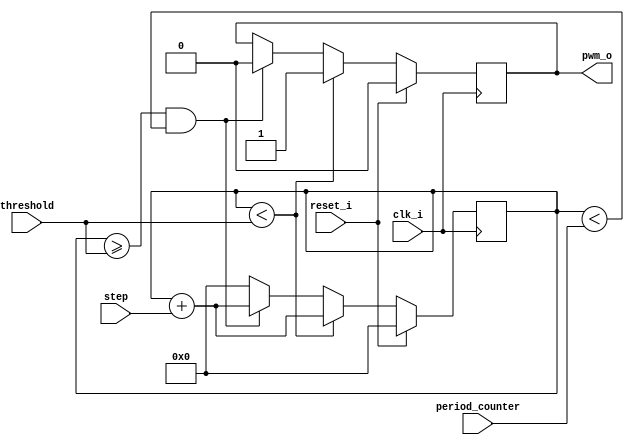
module pwm(

        input         clk_i,
        input         reset_i,
        input  [31:0] threshold,
        input  [31:0] step,
        input  [31:0] period_counter,
        output reg pwm_o

);

 reg [31:0] counter;



always@(posedge clk_i)begin
    if(reset_i)begin
        counter<=0;
        pwm_o  <=0;
    end else begin
    if(counter<threshold)begin
        counter=counter+step;
        pwm_o=1;
    end else if(counter>=threshold && counter<period_counter)begin
            pwm_o<=0;
            counter<=counter+step;
    end else begin
            counter<=0;
    end

    end

end




endmodule